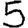
Digit: 5